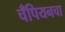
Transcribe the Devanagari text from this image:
चँपियनचा